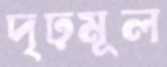
দৃঢ়মূল